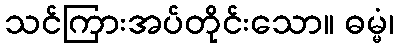
သင်ကြားအပ်တိုင်းသော။ ဓမ္မံ၊